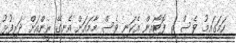
ހަމަގައިމު ވެސް ތި ފޮޓޯއިން އެކަނި ވެސް މާމައަށް އެނގޭ ރީންއަށް ދަރިފުޅު